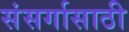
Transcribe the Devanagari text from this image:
संसर्गासाठी